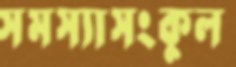
সমস্যাসংকুল